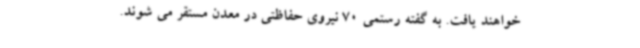
خواهند یافت. به گفته رستمی 70 نیروی حفاظتی در معدن مستقر می شوند.